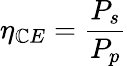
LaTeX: \eta_{\mathbb{C}E}=\frac{{P_{s}}}{{P_{p}}}